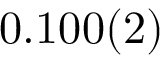
0 . 1 0 0 ( 2 )